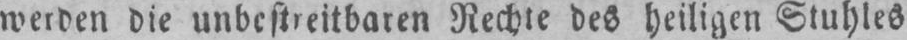
werden die unbestreitbaren Rechte des heiligen Stuhles